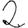
Digit: 2